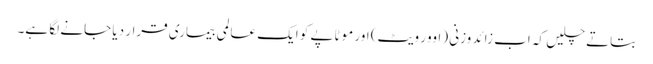
بتاتے چلیں کہ اب زائد وزنی (اوور ویٹ) اور موٹاپے کو ایک عالمی بیماری قرار دیا جانے لگا ہے۔